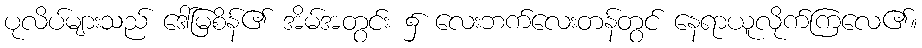
ပုလိပ်များသည် ဒေါ်မြစိန်၏ အိမ်အတွင်း ၌ လေးဘက်လေးတန်တွင် နေရာယူလိုက်ကြလေ၏။